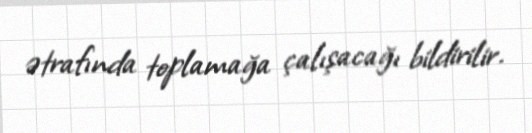
ətrafında toplamağa çalışacağı bildirilir.